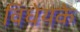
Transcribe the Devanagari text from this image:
विधेयके